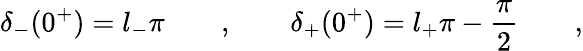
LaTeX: \delta_{-}(0^{+})=l_{-}\pi\qquad,\qquad\delta_{+}(0^{+})=l_{+}\pi-\frac{\pi}{2}\qquad,